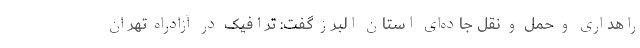
راهداری و حمل و نقل جاده‌ای استان البرز گفت: ترافیک در آزادراه تهران